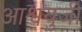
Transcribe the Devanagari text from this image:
आश्वयुजी